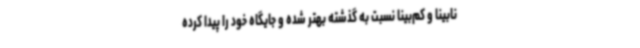
نابینا و کم‌بینا نسبت به گذشته بهتر شده و جایگاه خود را پیدا کرده